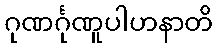
ဂုဏင်္ဂုဏူပါဟနာတိ